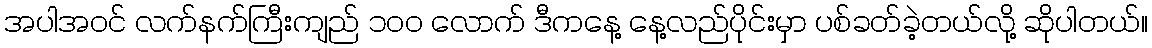
အပါအဝင် လက်နက်ကြီးကျည် ၁၀၀ လောက် ဒီကနေ့ နေ့လည်ပိုင်းမှာ ပစ်ခတ်ခဲ့တယ်လို့ ဆိုပါတယ်။